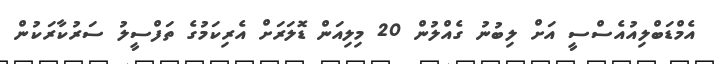
އެމްޑަބްލިއުއެސްސީ އަށް ލިބުނު ގެއްލުން 20 މިލިއަން ޑޮލަރަށް އެރިކަމުގެ ތަފްސީލު ސަރުކާރަކުން